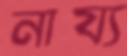
নায্য